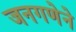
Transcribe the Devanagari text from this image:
जनगणेने